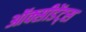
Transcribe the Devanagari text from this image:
ऑक्सीडेंट्स